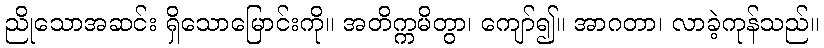
ညိုသောအဆင်း ရှိသောမြောင်းကို။ အတိက္ကမိတွာ၊ ကျော်၍။ အာဂတာ၊ လာခဲ့ကုန်သည်။